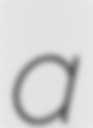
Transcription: a